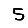
Digit: 5